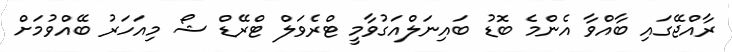
ރާއްޖޭގައި ބާއްވާ އެންމެ ބޮޑު ބައިނަލްއަގުވާމީ ޓްރެވަލް ޓްރޭޑް ޝޯ މިއަހަރު ބޭއްވުމަށް